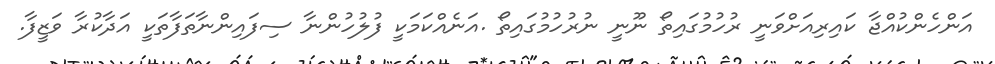
އަންހެންކުއްޖާ ކައިރިއަށްވަނީ ރުހުމުގައިތޯ ނޫނީ ނުރުހުމުގައިތޯ .އަނެއްކަމަކީ ފުލުހުންނާ ސިފައިންނާތަފާތަކީ އަދާކުރާ ވަޒީފާ.